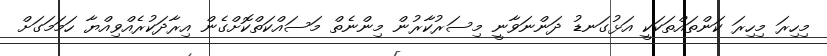
މިހިރަ މިހިރަ ކަންތައްތަކަކީ އަޅުގަނޑު ދަންނަވާނީ މިސަރުކާރުން މިންނެތް މަސައްކަތްކޮށްގެން އިރާދަކުރެއްވިއްޔާ ހަމަމަގަށް